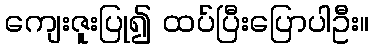
ကျေးဇူးပြု၍ ထပ်ပြီးပြောပါဦး။